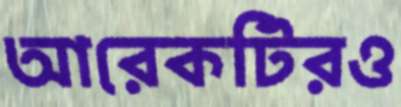
আরেকটিরও